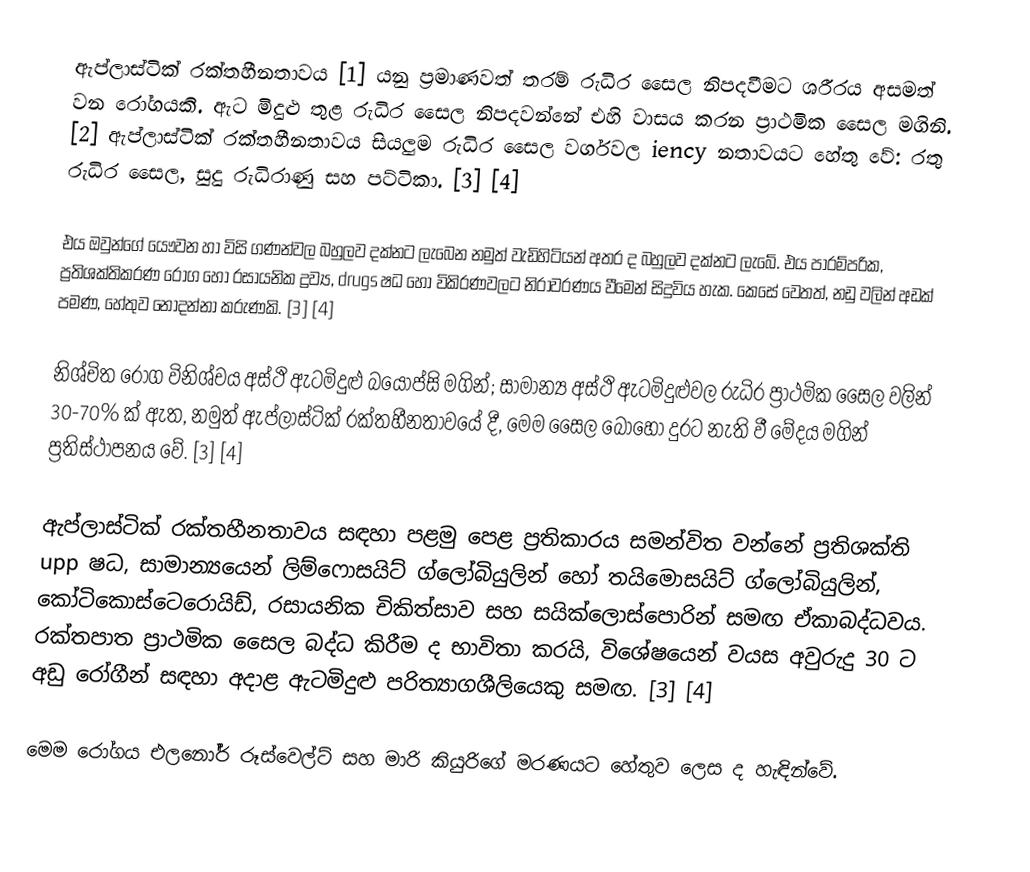
ඇප්ලාස්ටික් රක්තහීනතාවය [1] යනු ප්‍රමාණවත් තරම් රුධිර සෛල නිපදවීමට ශරීරය අසමත් වන රෝගයකි. ඇට මිදුළු තුළ රුධිර සෛල නිපදවන්නේ එහි වාසය කරන ප්‍රාථමික සෛල මගිනි. [2] ඇප්ලාස්ටික් රක්තහීනතාවය සියලුම රුධිර සෛල වර්ගවල iency නතාවයට හේතු වේ: රතු රුධිර සෛල, සුදු රුධිරාණු සහ පට්ටිකා. [3] [4]

එය ඔවුන්ගේ යෞවන හා විසි ගණන්වල බහුලව දක්නට ලැබෙන නමුත් වැඩිහිටියන් අතර ද බහුලව දක්නට ලැබේ. එය පාරම්පරික, ප්‍රතිශක්තිකරණ රෝග හෝ රසායනික ද්‍රව්‍ය, drugs ෂධ හෝ විකිරණවලට නිරාවරණය වීමෙන් සිදුවිය හැක. කෙසේ වෙතත්, නඩු වලින් අඩක් පමණ, හේතුව නොදන්නා කරුණකි. [3] [4]

නිශ්චිත රෝග විනිශ්චය අස්ථි ඇටමිදුළු බයොප්සි මගින්; සාමාන්‍ය අස්ථි ඇටමිදුළුවල රුධිර ප්‍රාථමික සෛල වලින් 30-70% ක් ඇත, නමුත් ඇප්ලාස්ටික් රක්තහීනතාවයේ දී, මෙම සෛල බොහෝ දුරට නැති වී මේදය මගින් ප්‍රතිස්ථාපනය වේ. [3] [4]

ඇප්ලාස්ටික් රක්තහීනතාවය සඳහා පළමු පෙළ ප්‍රතිකාරය සමන්විත වන්නේ ප්‍රතිශක්ති upp ෂධ, සාමාන්‍යයෙන් ලිම්ෆොසයිට් ග්ලෝබියුලින් හෝ තයිමොසයිට් ග්ලෝබියුලින්, කෝටිකොස්ටෙරොයිඩ්, රසායනික චිකිත්සාව සහ සයික්ලොස්පොරින් සමඟ ඒකාබද්ධවය. රක්තපාත ප්‍රාථමික සෛල බද්ධ කිරීම ද භාවිතා කරයි, විශේෂයෙන් වයස අවුරුදු 30 ට අඩු රෝගීන් සඳහා අදාළ ඇටමිදුළු පරිත්‍යාගශීලියෙකු සමඟ. [3] [4]

මෙම රෝගය එලනෝර් රූස්වෙල්ට් සහ මාරි කියුරිගේ මරණයට හේතුව ලෙස ද හැඳින්වේ.